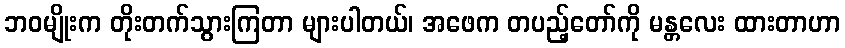
ဘဝမျိုးက တိုးတက်သွားကြတာ များပါတယ်၊ အဖေက တပည့်တော်ကို မန္တလေး ထားတာဟာ